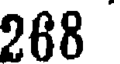
268